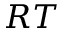
R T